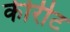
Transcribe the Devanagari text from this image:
कीरीट